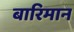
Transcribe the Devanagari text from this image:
बारिमान